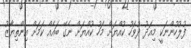
ފުލުހުންނަކީ މިއަދު ދުވަހު ކުއްޔަށް މަހު ކުއްޔަށް ނެގޭ ބައެއް ކަމަށް އިންތިޔާޒު